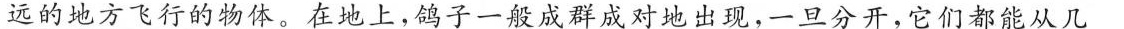
远的地方飞行的物体。在地上，鸽子一般成群成对地出现，一旦分开，它们都能从几